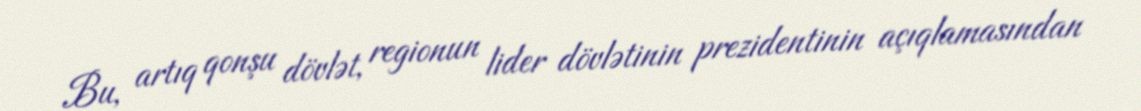
Bu, artıq qonşu dövlət, regionun lider dövlətinin prezidentinin açıqlamasından